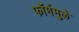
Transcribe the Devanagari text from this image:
फॉर्ममुळे